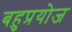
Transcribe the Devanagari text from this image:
बहुप्रयोज